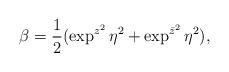
LaTeX: \begin{align*} \beta = \dfrac{1}{2}(\exp^{z^2}\eta^2 + \exp^{\bar{z}^2}\eta^2), \end{align*}